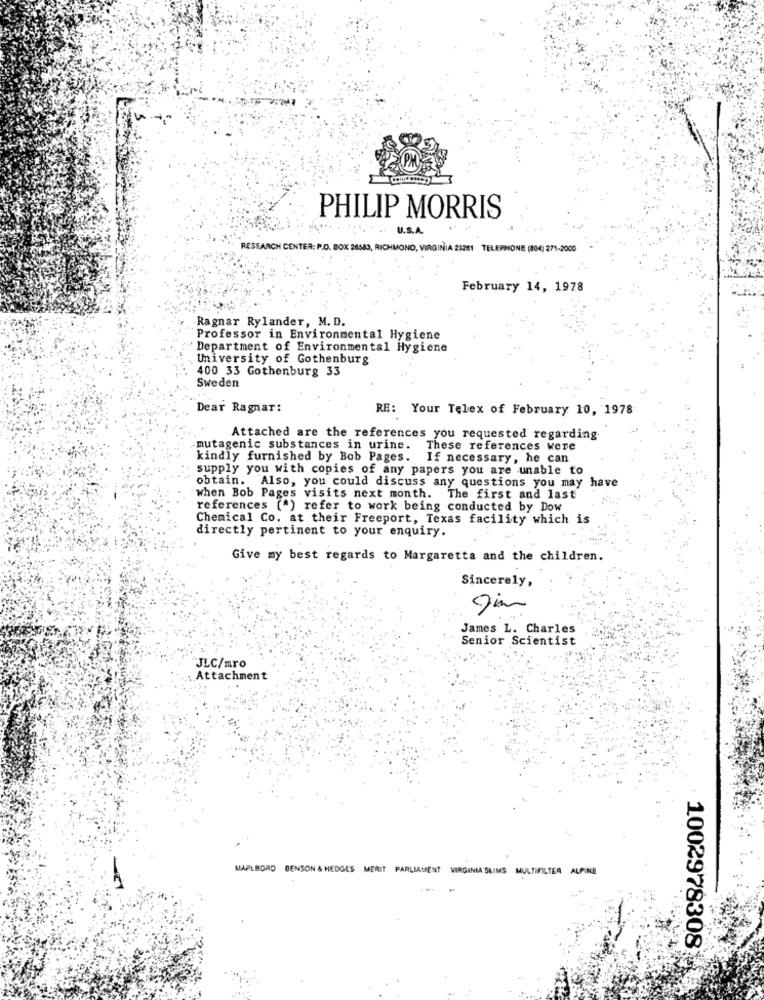
PHILIP MORRIS
..... .. ... U.S.A
RESEARCH CENTER; P.O. BOX 26583, RICHMOND, VIRGINIA 23251 TELEPHONE (104; 271-2000
February 14, 1978
Ragnar Rylander, M. D.
Professor in Environmental Hygiene
Department of Environmental Hygiene
University of Gothenburg
400 33 Gothenburg 33
Sweden
Dear Ragnar:
RE: Your Telex of February 10, 1978
Attached are the references you requested regarding
mutagenic substances in urine.
These references were
kindly furnished by Bob Pages. If necessary, he can
supply you with copies of any papers you are unable to
obtain. Also, you could discuss any questions you may have
when Bob Pages visits next month. The first and last
references (") refer to work being conducted by Dow
Chemical Co. at their Freeport, Texas facility which is
directly pertinent to your enquiry.
Give my best regards to Margaretta and the children.
Sincerely,
James L. Charles
Senior Scientist
JLC/mro
: Attachment
MARLBORO BENSON & HEDGES MERIT PARLIAMENT VIRGINIA SLIMS MULTIFILTER ALPINE
1002978308